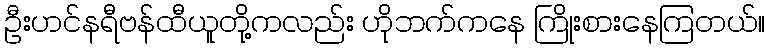
ဦးဟင်နရီဗန်ထီယူတို့ကလည်း ဟိုဘက်ကနေ ကြိုးစားနေကြတယ်။